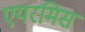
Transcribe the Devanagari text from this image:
एयरमिस